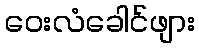
ဝေးလံခေါင်ဖျား